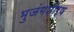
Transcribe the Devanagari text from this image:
भुजंगशीर्ष